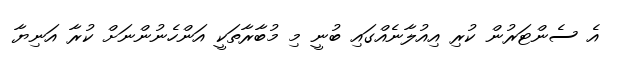
އެ ސެންޓަރުން ކުރި އިއުލާނެއްގައި ބުނީ މި މުބާރާތަކީ އަންހެނުންނަށް ކުރާ އަނިޔާ